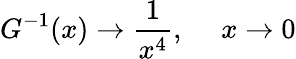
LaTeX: G^{-1}(x)\rightarrow{\frac{1}{x^{4}}},~~~~~x\rightarrow 0